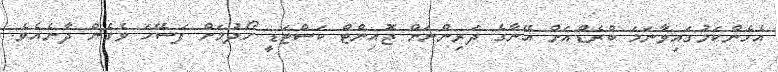
އެހެންކަމުގައިވާނަމަ ބްރެޑްއަށް އޭނާގެ ދަރިންނަށް ޖޮއިންޓް ކަސްޓަޑީ ހޯދުމަށް ފަސޭހަ ވެގެން ދާނެއެވެ.